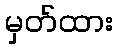
မှတ်ထား